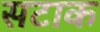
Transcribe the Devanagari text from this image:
सटाक